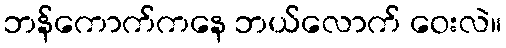
ဘန်ကောက်ကနေ ဘယ်လောက် ဝေးလဲ။